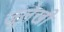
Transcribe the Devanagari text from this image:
जूलेखी